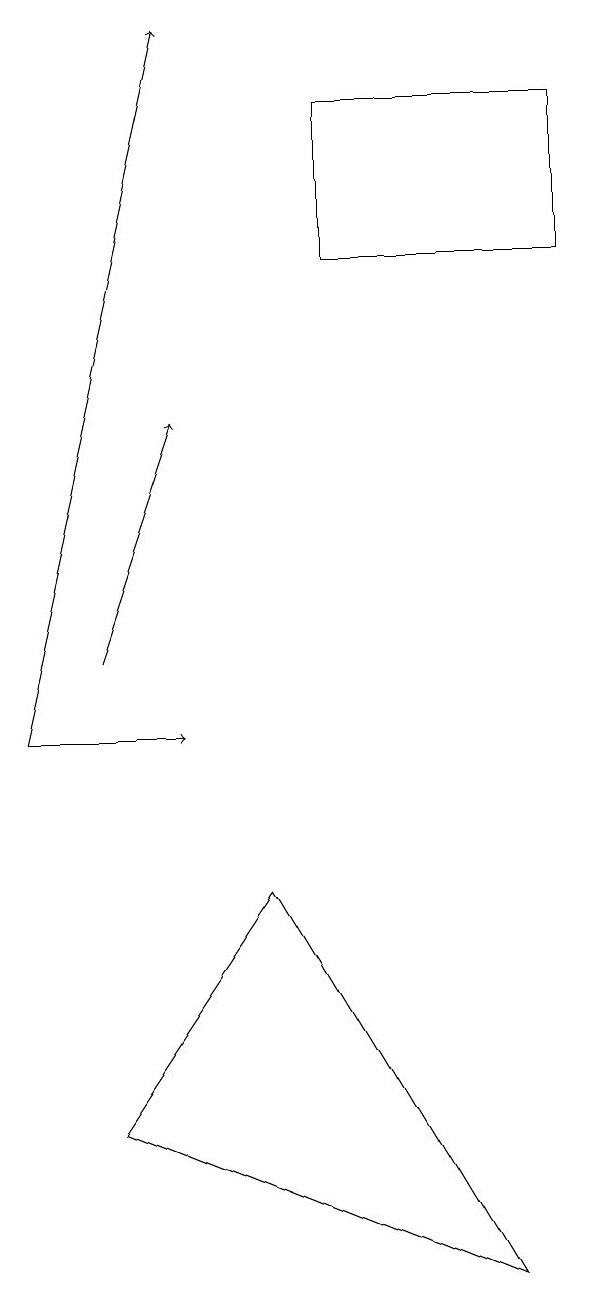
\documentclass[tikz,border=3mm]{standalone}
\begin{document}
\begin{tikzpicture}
\draw[->] (2,10) -- (4,10);
\draw[->] (3,11) -- (4,14);
\draw[->] (2,10) -- (4,19);
\draw (9,18) rectangle (6,16);
\draw (8,3) -- (3,5) -- (5,8) -- cycle;
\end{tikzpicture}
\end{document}